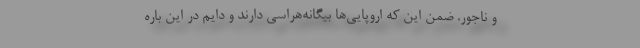
و ناجور. ضمن این که اروپایی‌ها بیگانه‌هراسی دارند و دایم در این باره